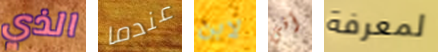
الذي عندما لابن أفي لمعرفة